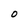
Character: 0